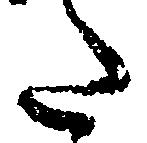
た